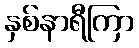
နှစ်နာရီကြာ